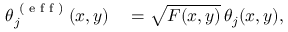
\begin{array} { r l } { \theta _ { j } ^ { \textrm { ( e f f ) } } ( x , y ) } & { { } = \sqrt { F ( x , y ) } \, \theta _ { j } ( x , y ) , } \end{array}